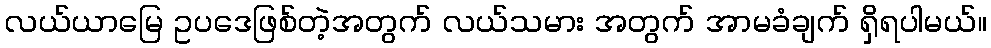
လယ်ယာမြေ ဥပဒေဖြစ်တဲ့အတွက် လယ်သမား အတွက် အာမခံချက် ရှိရပါမယ်။